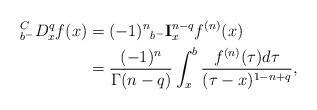
\begin{align*}_{b^{-}}^{C}D_{x}^{q}f(x) & =(-1)^{n}{}_{b^{-}}\mathbf{I}_{x}^{n-q}f^{(n)}(x)\\& =\frac{(-1)^{n}}{\Gamma(n-q)}\int_{x}^{b}\frac{f^{(n)}(\tau)d\tau}{(\tau-x)^{1-n+q}},\end{align*}